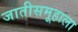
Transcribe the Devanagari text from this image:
जातीसमूहाला